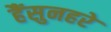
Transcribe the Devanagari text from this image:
हैंसुनहरे